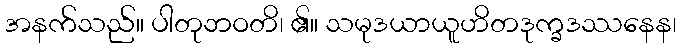
အနက်သည်။ ပါတုဘဝတိ၊ ၏။ သမုဒယာယူဟိတဒုက္ခဒဿနေန၊